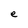
Character: e